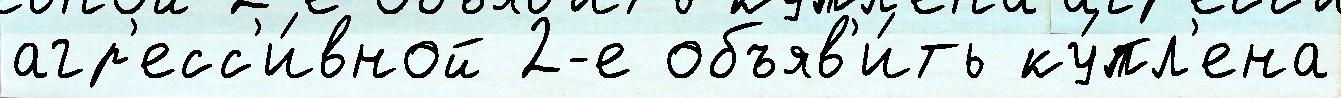
агр'есс'и́вной 2-е объяв'и́ть ку́пл'ена